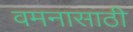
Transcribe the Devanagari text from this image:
वमनासाठी